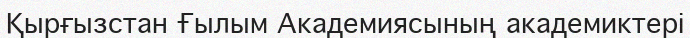
Қырғызстан Ғылым Академиясының академиктері